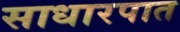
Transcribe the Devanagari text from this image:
साधारपात